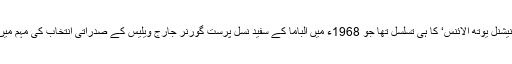
یہ تنظیم اس ’ نیشنل یوتھ الائنس‘ کا ہی تسلسل تھا جو 1968ء میں الباما کے سفید نسل پرست گورنر جارج ویلیس کے صدراتی انتخاب کی مہم میں کھڑا ہوا تھا ۔